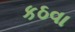
કઠવા